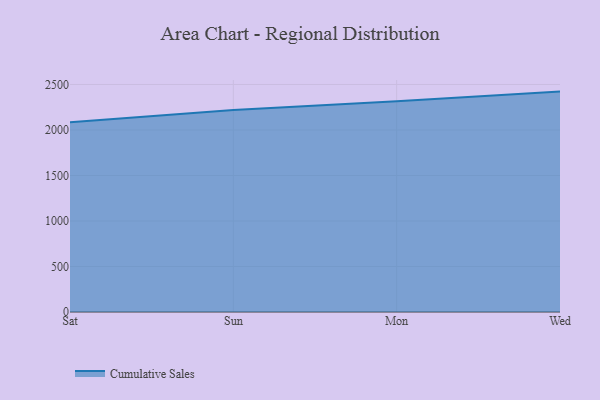
{"axis": {"x": "Day", "y": "Demand Index"}, "legend": ["Cumulative Sales"], "data": [{"x": "Sat", "y": 2086.0, "type": "Cumulative Sales"}, {"x": "Sun", "y": 2218.8, "type": "Cumulative Sales"}, {"x": "Mon", "y": 2315.5, "type": "Cumulative Sales"}, {"x": "Wed", "y": 2421.8, "type": "Cumulative Sales"}]}